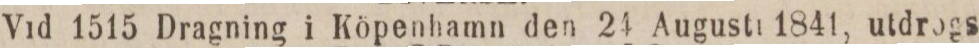
Vid 1515 Dragning i Köpenhamn den 24 Augusti 1841, utdrogs